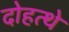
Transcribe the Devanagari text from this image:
दोहत्थे